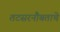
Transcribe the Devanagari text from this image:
तटसरनौबताचे